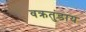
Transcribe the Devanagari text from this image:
वक्रतुंडाय